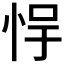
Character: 𫺃